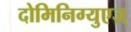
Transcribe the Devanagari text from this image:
दोमिनिग्युएज़्